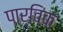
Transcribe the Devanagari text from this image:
पार्विक